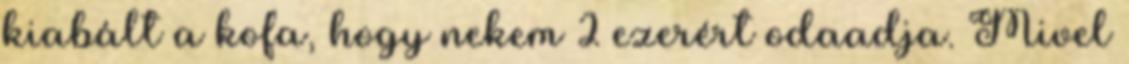
kiabált a kofa, hogy nekem 2 ezerért odaadja. Mivel